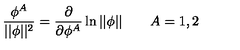
\frac { \phi ^ { A } } { | | \phi | | ^ { 2 } } = \frac \partial { \partial \phi ^ { A } } \ln | | \phi | | \quad \quad A = 1 , 2